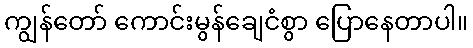
ကျွန်တော် ကောင်းမွန်ချေငံစွာ ပြောနေတာပါ။